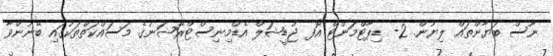
ނޫސް ބަޔާންތައް ލިޔުން. 2- ޑިޕާޓްމަންޓް އޮފ ޖުޑީޝަލް އެޑްމިނިސްޓްރޭޝަނުގެ މަސައްކަތްތަކުގައި ބޭނުންވާ